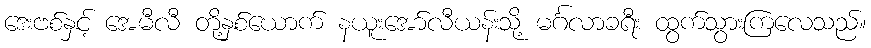
ဒေးဗစ်နှင့် အေမီလီ တို့နှစ်ယောက် နယူးအော်လီယန်းသို့ မင်္ဂလာခရီး ထွက်သွားကြလေသည်။